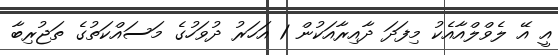
އީ އޭ ލެވްލްއާއެކު މިފަދަ ދާއިރާއަކުން 1 އަހަރު ދުވަހުގެ މަސައްކަތުގެ ތަޖުރިބާ